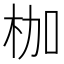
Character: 枷